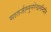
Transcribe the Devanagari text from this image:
मातर्जह्नुनरेन्द्रनन्दिनि